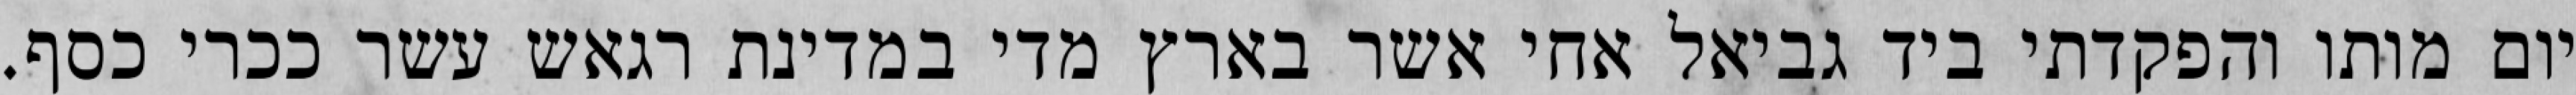
יום מותו והפקדתי ביד גביאל אחי אשר בארץ מדי במדינת רגאש עשר ככרי כסף.